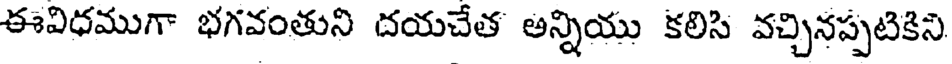
ఈవిధముగా భగవంతుని దయచేత అన్నియు కలిసి వచ్చినప్పటికిని